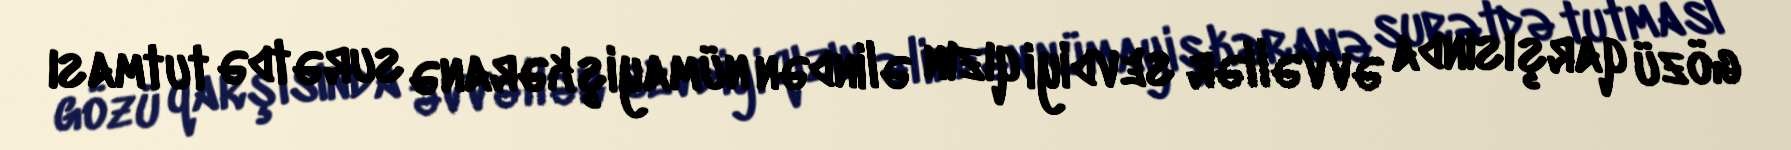
gözü qarşısında əvvəllər sevdiyi qızın əlindən nümayişkəranə surətdə tutması